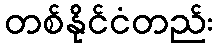
တစ်နိုင်ငံတည်း